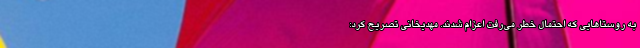
به روستاهایی که احتمال خطر می‌رفت اعزام شدند. مهدیخانی تصریح کرد: